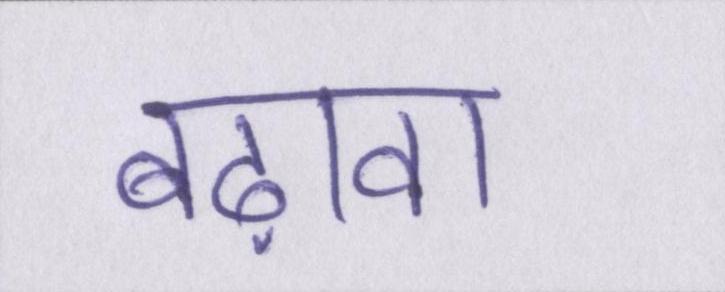
बढ़ावा